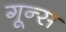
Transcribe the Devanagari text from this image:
गून्स